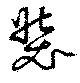
裝